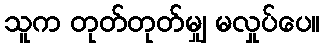
သူက တုတ်တုတ်မျှ မလှုပ်ပေ။